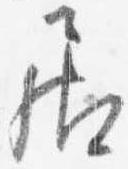
居